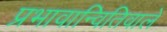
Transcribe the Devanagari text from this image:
प्रभावान्वितिवाले